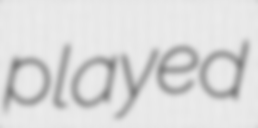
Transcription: played